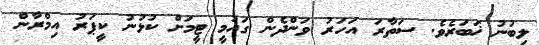
ލިބުނު ޚަބަރެވެ. ސަތާރަ އަހަރު ވަންދެން ގައުމީ ޓީމަށް ކުޅުނު ކީޕަރު އިމްރާން